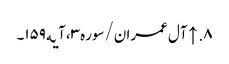
۸. ↑ آل عمران/سوره۳، آیه۱۵۹۔